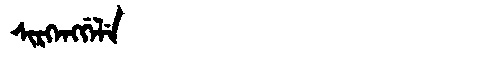
Manchu: ᠰᡳᡵᡴᡝᠩᡤᡝᠯᡝ
Romanization: SIRKENGGELE